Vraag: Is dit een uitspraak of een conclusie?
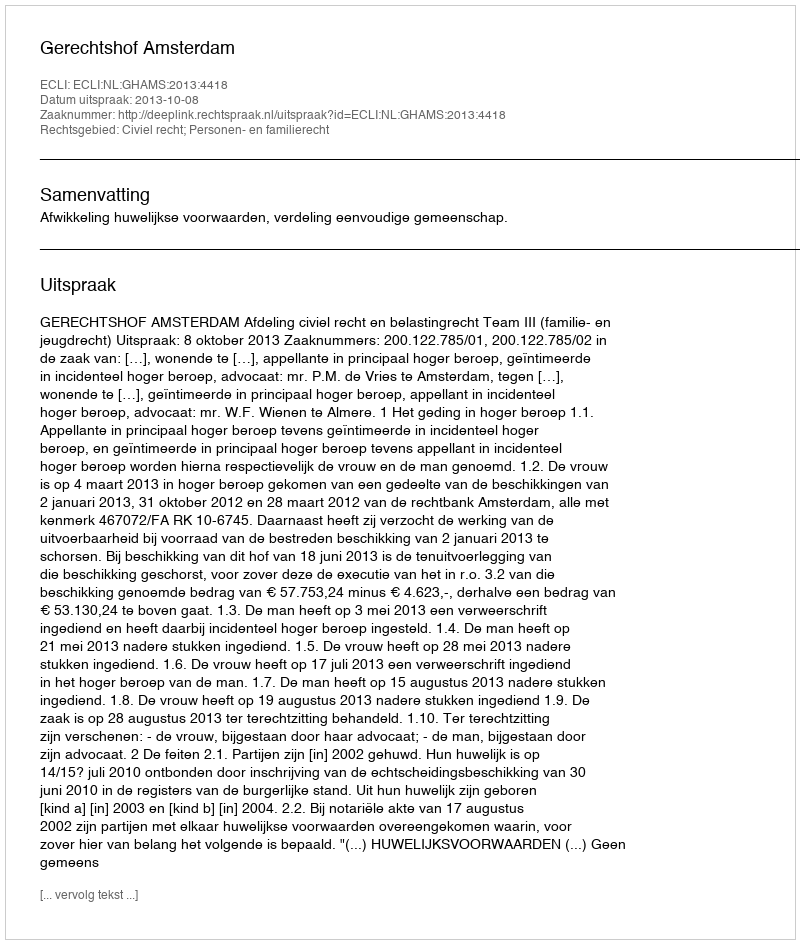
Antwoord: Uitspraak